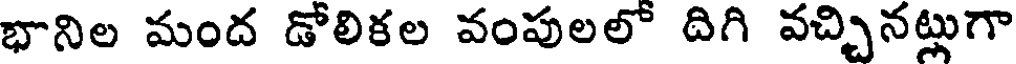
భానిల మంద డోలికల వంపులలో దిగి వచ్చినట్లుగా